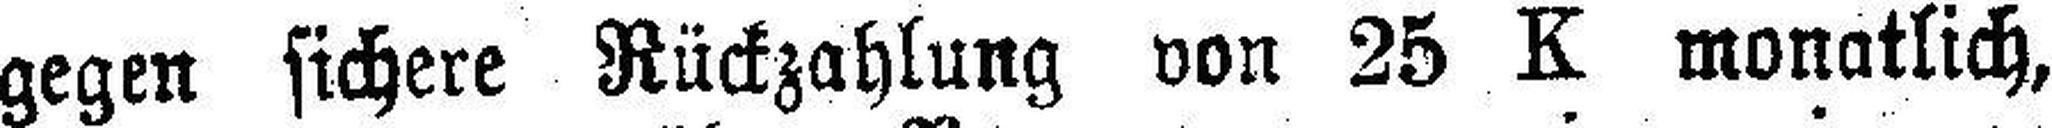
gegen sichere Rückzahlung von 25 K monatlich,